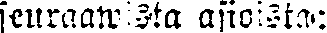
seuraawista asioista: